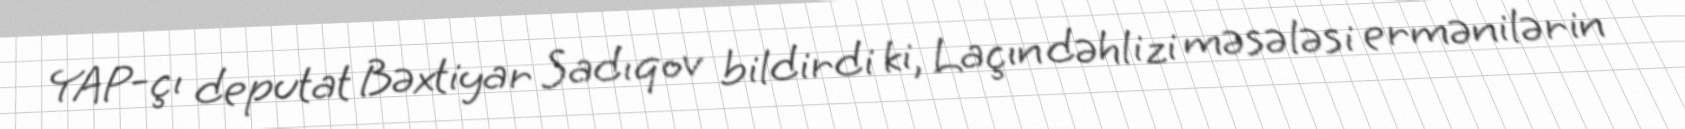
YAP-çı deputat Bəxtiyar Sadıqov bildirdi ki, Laçın dəhlizi məsələsi ermənilərin